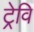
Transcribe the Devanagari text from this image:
ट्रेवि